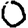
Digit: 0